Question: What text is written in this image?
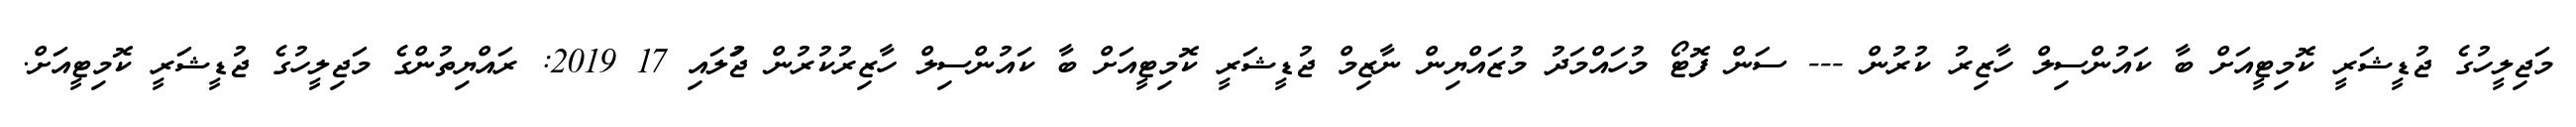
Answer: މަޖިލީހުގެ ޖުޑީޝަރީ ކޮމިޓީއަށް ބާ ކައުންސިލް ހާޒިރު ކުރުން --- ސަން ފޮޓޯ މުހައްމަދު މުޒައްޔިން ނާޒިމް ޖުޑީޝަރީ ކޮމިޓީއަށް ބާ ކައުންސިލް ހާޒިރުކުރުން ޖުަލައި 17 2019: ރައްޔިތުންގެ މަޖިލީހުގެ ޖުޑީޝަރީ ކޮމިޓީއަށް.